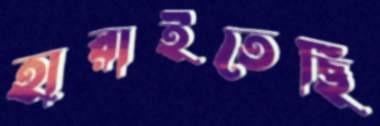
হারাইতেছি